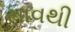
સાવથી